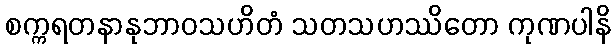
စက္ကရတနာနုဘာဝသဟိတံ သတသဟဿိတော ကုဏပါနိ